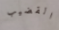
القضيب